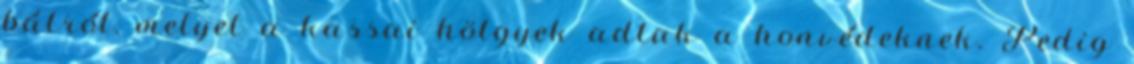
bálról, melyet a kassai hölgyek adtak a honvédeknek. Pedig